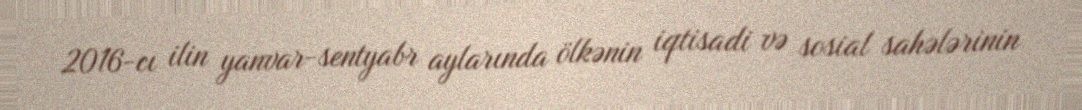
2016-cı ilin yanvar-sentyabr aylarında ölkənin iqtisadi və sosial sahələrinin